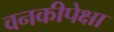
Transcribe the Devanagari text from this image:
वनकीपेक्षा